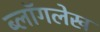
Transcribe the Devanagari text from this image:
ब्लॉगलेख